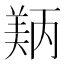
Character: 𬙵